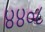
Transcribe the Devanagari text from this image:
४४०८